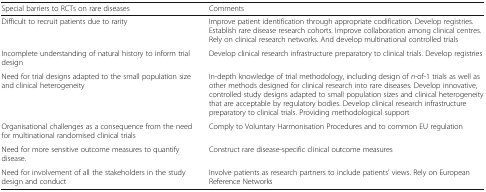
| Special barriers to RCTs on rare diseases | Comments |
 | --- | --- |
 | Difficult to recruit patients due to rarity | Improve patient identification through appropriate codification. Develop registries. Establish rare disease research cohorts. Improve collaboration among clinical centres. Rely on clinical research networks. And develop multinational controlled trials |
 | Incomplete understanding of natural history to inform trial design | Develop clinical research infrastructure preparatory to clinical trials. Develop registries |
 | Need for trial designs adapted to the small population size and clinical heterogeneity | In-depth knowledge of trial methodology, including design of n-of-1 trials as well as other methods designed for clinical research into rare diseases. Develop innovative, controlled study designs adapted to small population sizes and clinical heterogeneity that are acceptable by regulatory bodies. Develop clinical research infrastructure preparatory to clinical trials. Providing methodological support |
 | Organisational challenges as a consequence from the need for multinational randomised clinical trials | Comply to Voluntary Harmonisation Procedures and to common EU regulation |
 | Need for more sensitive outcome measures to quantify disease. | Construct rare disease-specific clinical outcome measures |
 | Need for involvement of all the stakeholders in the study design and conduct | Involve patients as research partners to include patients’ views. Rely on European Reference Networks |